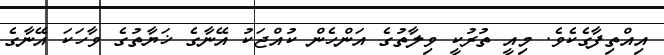
އިއްތިފާގެކެވެ. މިއީ ތުރުކީ ވިލާތުގެ އަންހެން ކުއްޖަކު އޭނާގެ ޚަޔާތުގެ ވާހަކަ އޭނާގެ